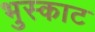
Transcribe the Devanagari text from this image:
भुस्काट